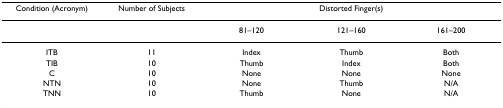
| Condition (Acronym) | Number of Subjects | <COLSPAN=3> Distorted Finger(s) |
 | --- | --- | --- | --- | --- |
 |  |  | 81–120 | 121–160 | 161–200 |
 | ITB | 11 | Index | Thumb | Both |
 | TIB | 10 | Thumb | Index | Both |
 | C | 10 | None | None | None |
 | NTN | 10 | None | Thumb | N/A |
 | TNN | 10 | Thumb | None | N/A |